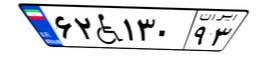
۶۰W۰۳۹۳۷